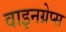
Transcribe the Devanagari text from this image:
वाइनग्रेप्स